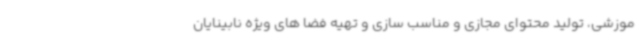
موزشی، تولید محتوای مجازی و مناسب سازی و تهیه فضا های ویژه نابینایان